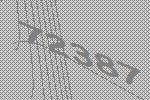
72387